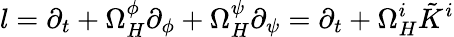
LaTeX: l=\partial_{t}+\Omega_{H}^{\phi}\partial_{\phi}+\Omega_{H}^{\psi}\partial_{\psi}=\partial_{t}+\Omega_{H}^{i}\tilde{K}^{i}